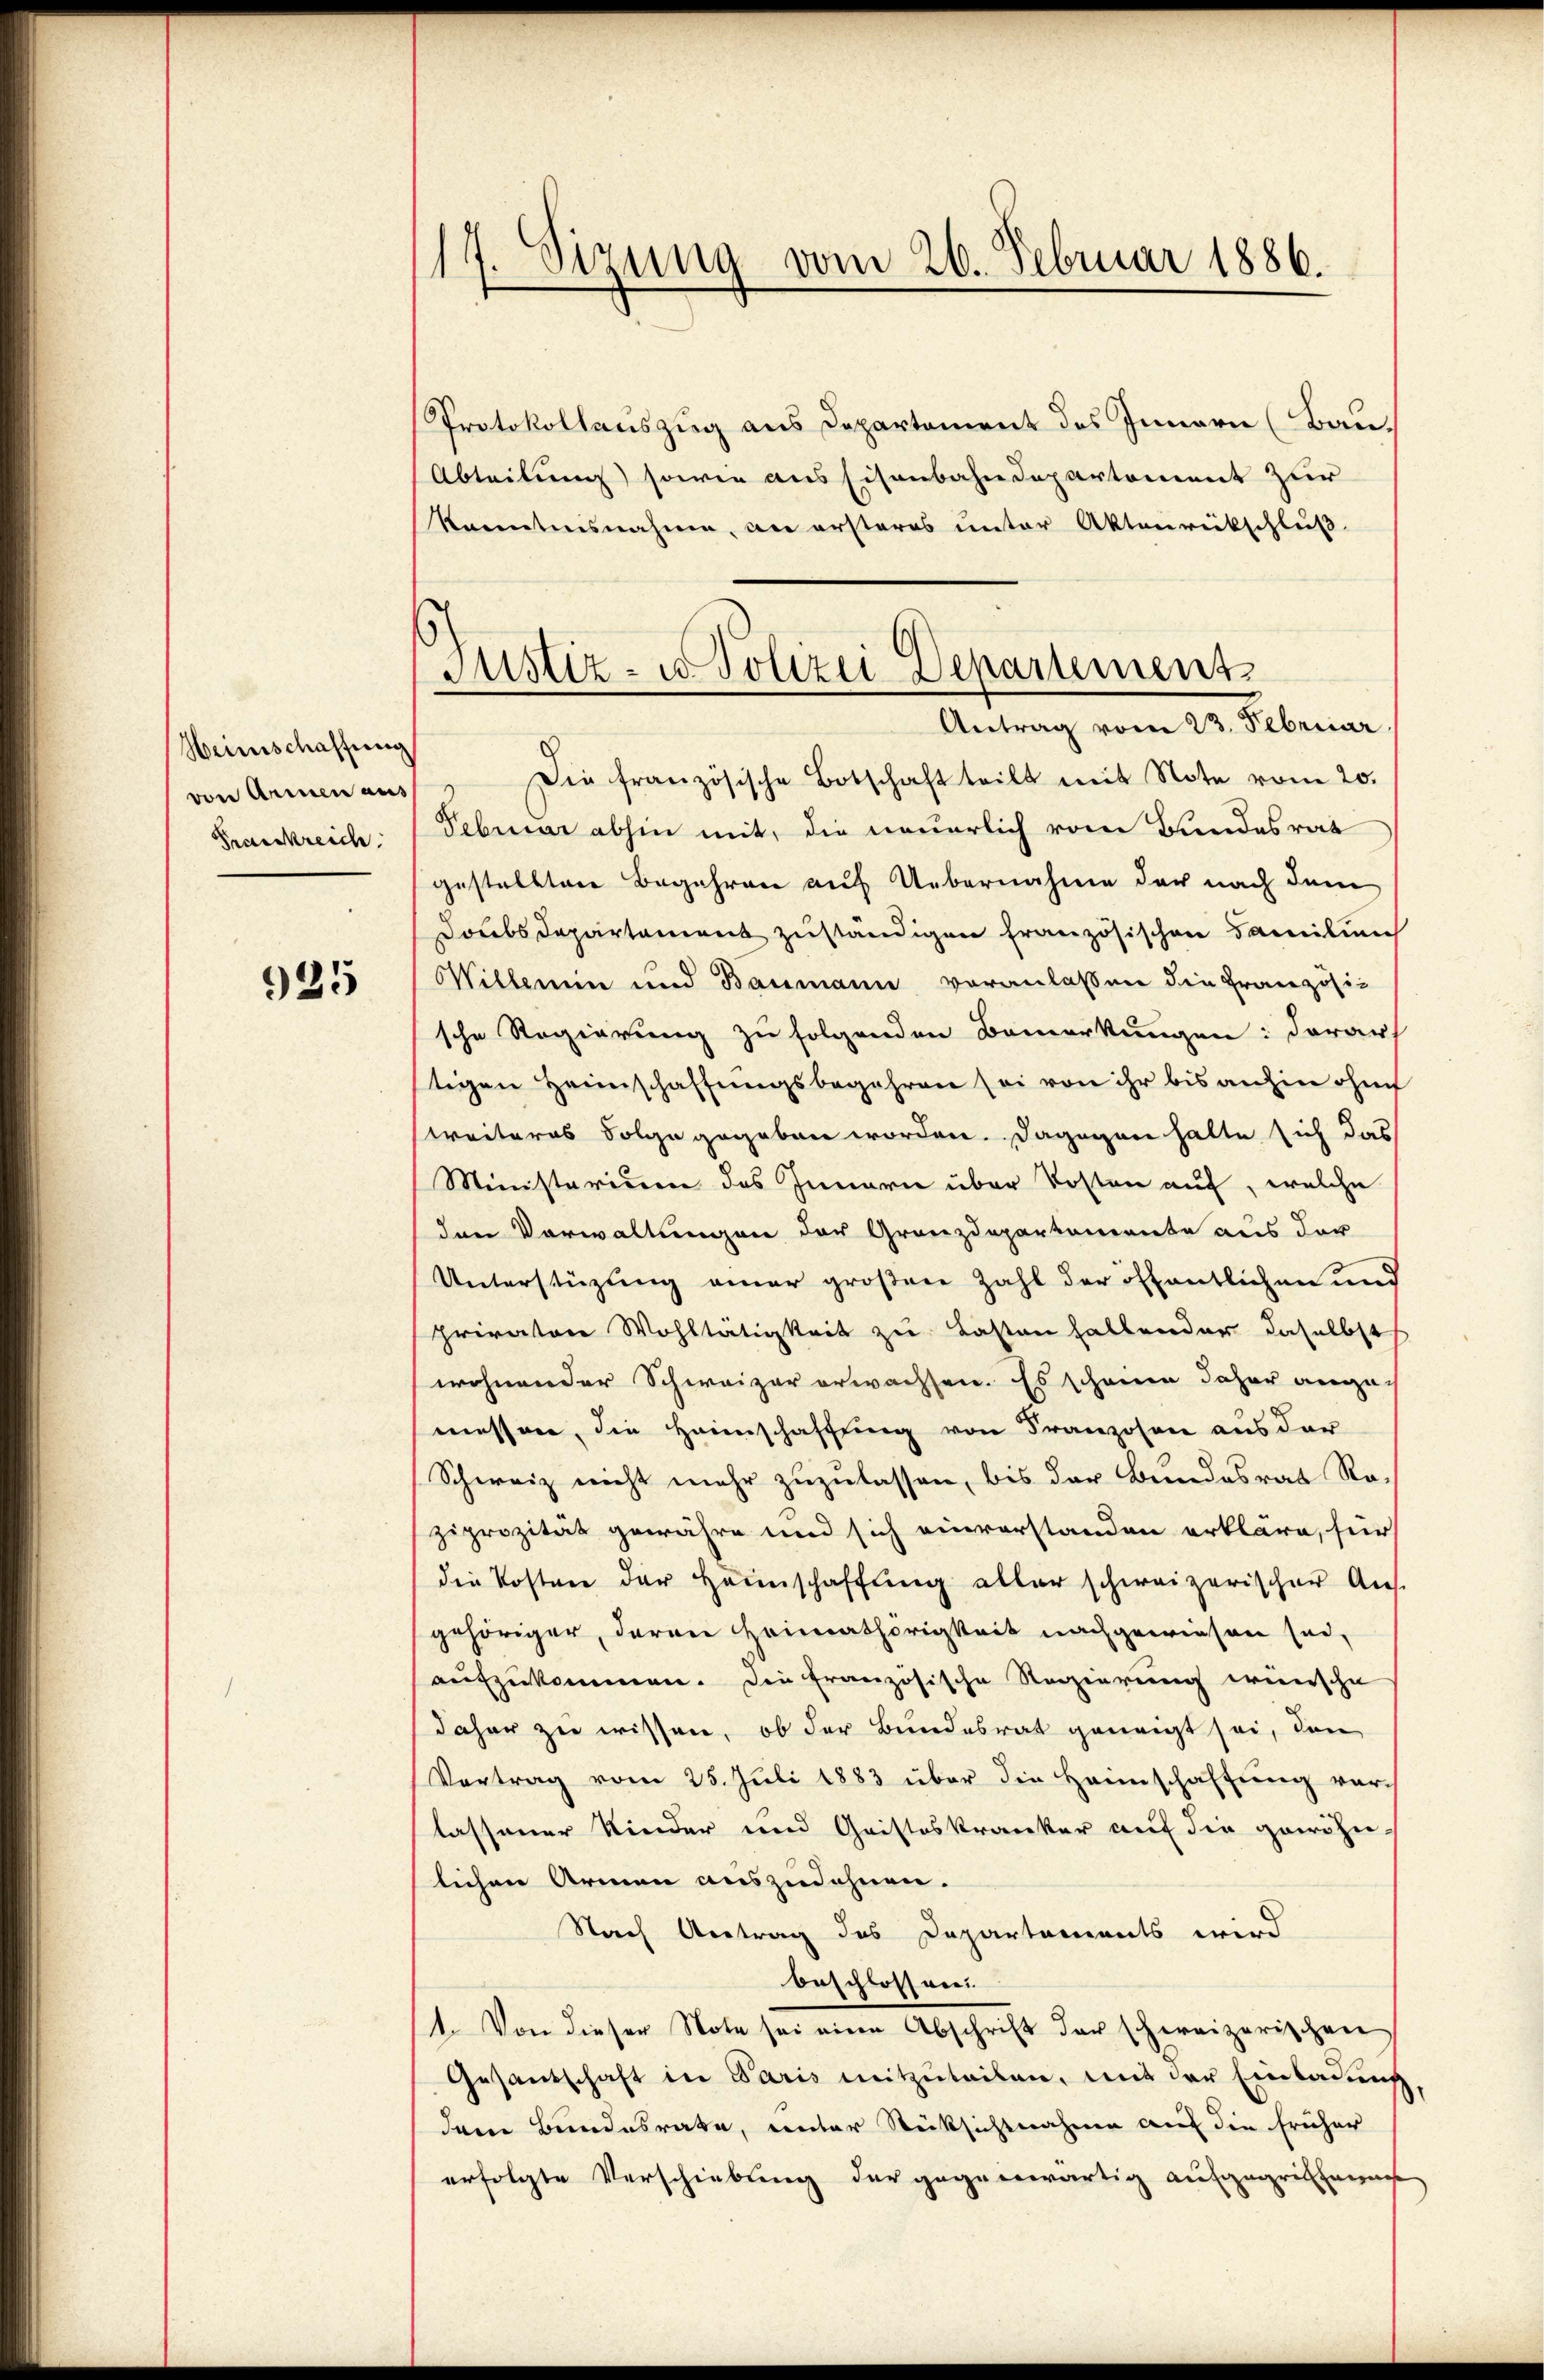
Heimschaffung
von Armen aus
Frankreich

925

117. Sizung vom 26. Februar 1886.

Protokollauszug aus Departement des Innern (Bau.
Abteilung sowie aus Eisenbahndepartement zur
kanntnisnahme, an ersteres unter Aktenrückschluß
" Die französische Botschaft teilt mit Note vom 20.
Febuar abhin mit, die neuerlich vom Bundesrat
gestellten Begehren auf Uebernahme der nach dem
Doubs Departement zuständigen französischen Familien
Willeren und Baumann voranlassen die Französi-
sche Regierung zu folgenden Bemerkungen: darauf
tigen Heimschaffungsbegehren sei von ihr bis anhin ohne
weiteres Folge gegeben worden. Dagegen hatte sich das
Ministerium des Innern über Kosten auf, welche
den Vorwaltungen der Granzdepartemente aus der
Unterstüzung einer großene Zahl der öffentlichen und
privator Wohltätigkeit zu Lasten haltender daselbst
wohnender Schweizer erwachsen. Es scheine daher angemessen, die Heimschaffung von Franzosen aus der
Schweiz nicht mehr zuzulassen, bis der Bundesrat Ro-
ziprozität gewähre und sich einverstanden erkläre, für
die Kosten der Heinschaffung aller schweizerischer Aufgehöriger, deren Heimathörigkeit nachgewiesen sei,
aufzukommen. Die französische Regierung wünsche
daher zu wissen, ob der Bundesrat geneigt sei, den
Vertrag vom 25. Jŭli 1883 über die Heimschaffŭng vor
lassener Kinder und Gristeskranker auf die gewöhn-
lichen Armen auszudehnen. |
Nach Antrag des Departements wird
beschlossen
1. Von dieser Note sei eine Abschrift der schweizerischen
Gesandschaft in Paris mitzŭteilen, mit der Einladung
dem Bundesrate, unter Rücksichtnahme auf die früher
erfolgte Verschiebung der gegenwärtig aufgegriffenen

Justiz- u. Polizei Departement
Antrag vom 23. Februar.